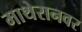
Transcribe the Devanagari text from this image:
माथेरानवर